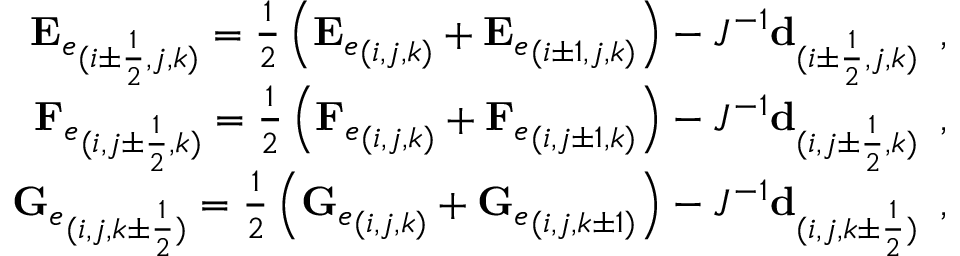
\begin{array} { r } { { \mathbf { E } _ { e } } _ { ( i \pm \frac { 1 } { 2 } , j , k ) } = \frac { 1 } { 2 } \left( { \mathbf { E } _ { e } } _ { ( i , j , k ) } + { \mathbf { E } _ { e } } _ { ( i \pm 1 , j , k ) } \right) - J ^ { - 1 } \mathbf { d } _ { ( i \pm \frac { 1 } { 2 } , j , k ) } \, \mathrm { ~ , ~ } } \\ { { \mathbf { F } _ { e } } _ { ( i , j \pm \frac { 1 } { 2 } , k ) } = \frac { 1 } { 2 } \left( { \mathbf { F } _ { e } } _ { ( i , j , k ) } + { \mathbf { F } _ { e } } _ { ( i , j \pm 1 , k ) } \right) - J ^ { - 1 } \mathbf { d } _ { ( i , j \pm \frac { 1 } { 2 } , k ) } \, \mathrm { ~ , ~ } } \\ { { \mathbf { G } _ { e } } _ { ( i , j , k \pm \frac { 1 } { 2 } ) } = \frac { 1 } { 2 } \left( { \mathbf { G } _ { e } } _ { ( i , j , k ) } + { \mathbf { G } _ { e } } _ { ( i , j , k \pm 1 ) } \right) - J ^ { - 1 } \mathbf { d } _ { ( i , j , k \pm \frac { 1 } { 2 } ) } \, \mathrm { ~ , ~ } } \end{array}